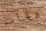
دقات